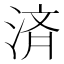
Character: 済